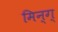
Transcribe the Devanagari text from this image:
मिन्ग्